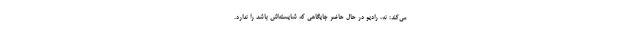
می‌کند: نه، رادیو در حال حاضر جایگاهی که شایسته‌اش باشد را ندارد.